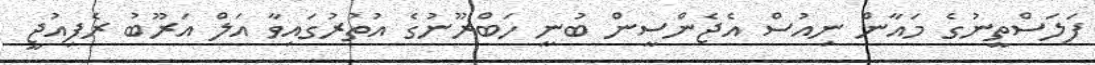
ފަލަސްތީނުގެ މައާން ނިއުސް އެޖެންސީން ބުނީ ހަބްރޫނުގެ އުތުރުގައިވާ އަލް އަރޫބު ރެފިއުޖީ